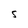
Character: S